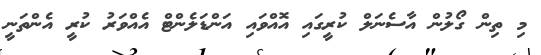
މި ތިން ގޯލުން އާސެނަލް ކުރީގައި އޮއްވައި އަންޑަލެންޓް އެއްވަރު ކުރީ އެންތަނީ